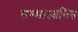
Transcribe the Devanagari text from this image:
सम्माआनित